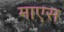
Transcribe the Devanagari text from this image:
माएस